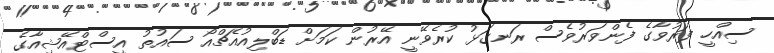
ސިއްހީ ފަރުވާގެ ފެންވަރުވެސް ރަނގަޅު ކުރެވޭނީ އޭރުން ކަމަށް ޑަބްލިއުއެޗްއޯ ސައުތު އީސްޓްއޭޝިއާގެ